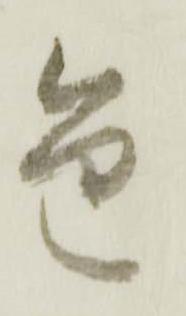
色